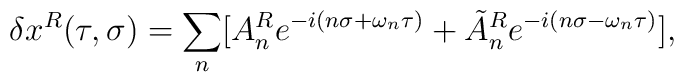
\delta x^R(\tau,\sigma)=\sum_n[A_n^R e^{-i(n\sigma+\omega_n\tau)}+\tilde{A}_n^R e^{-i(n\sigma-\omega_n\tau)}],